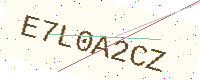
Text: E7L0A2CZ